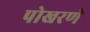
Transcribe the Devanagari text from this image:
पोखरणे